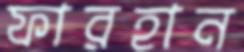
ফারহান